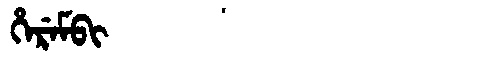
Manchu: ᡥᡝᡵᡝᠮᠪᡳ
Romanization: HEREMBI